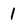
Character: 1